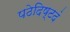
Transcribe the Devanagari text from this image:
पठेदिष्टदं